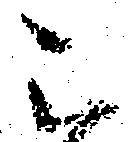
被